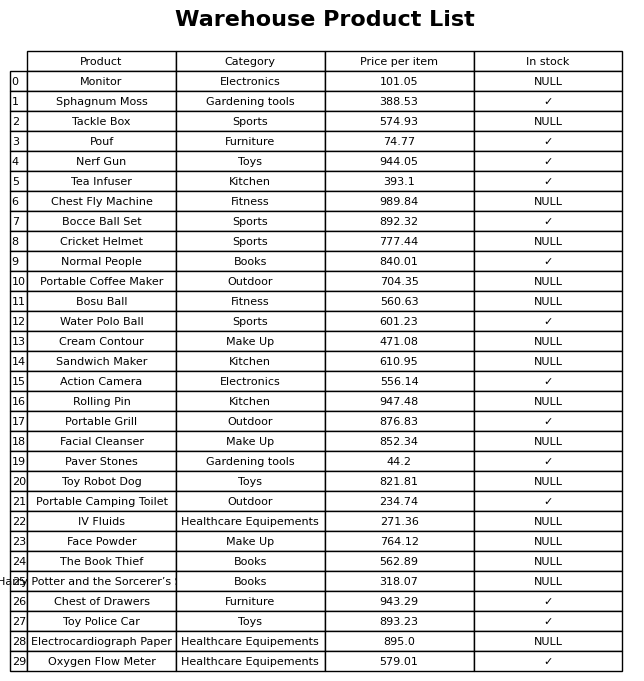
question: What is the price of the Tea Infuser?
answer: The price of Tea Infuser is 393.1.